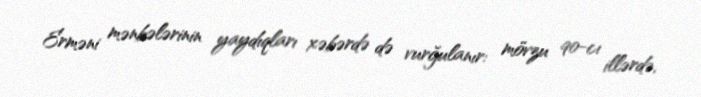
Erməni mənbələrinin yaydıqları xəbərdə də vurğulanır: mövzu 90-cı illərdə,